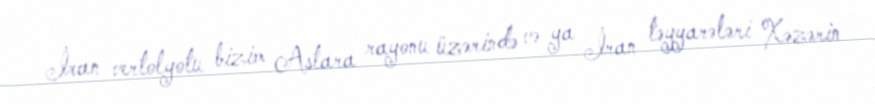
İran vertolyotu bizim Astara rayonu üzərində və ya İran təyyarələri Xəzərin